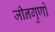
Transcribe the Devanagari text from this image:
जीनगुणों